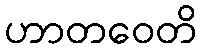
ဟာတဝေတိ